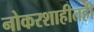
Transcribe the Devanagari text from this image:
नोकरशाहीतही